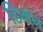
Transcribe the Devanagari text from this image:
डिमन